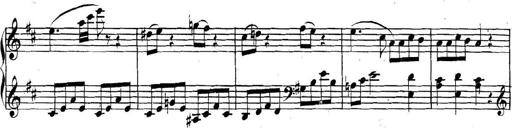
Title: Collected Piano Sonatas
Composer: Muzio Clementi